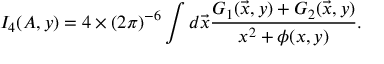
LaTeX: I _ { 4 } ( A , y ) = 4 \times { ( 2 \pi ) ^ { - 6 } } \int d { \vec { x } } { \frac { G _ { 1 } ( \vec { x } , y ) + G _ { 2 } ( \vec { x } , y ) } { x ^ { 2 } + \phi ( x , y ) } } .